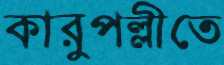
কারুপল্লীতে